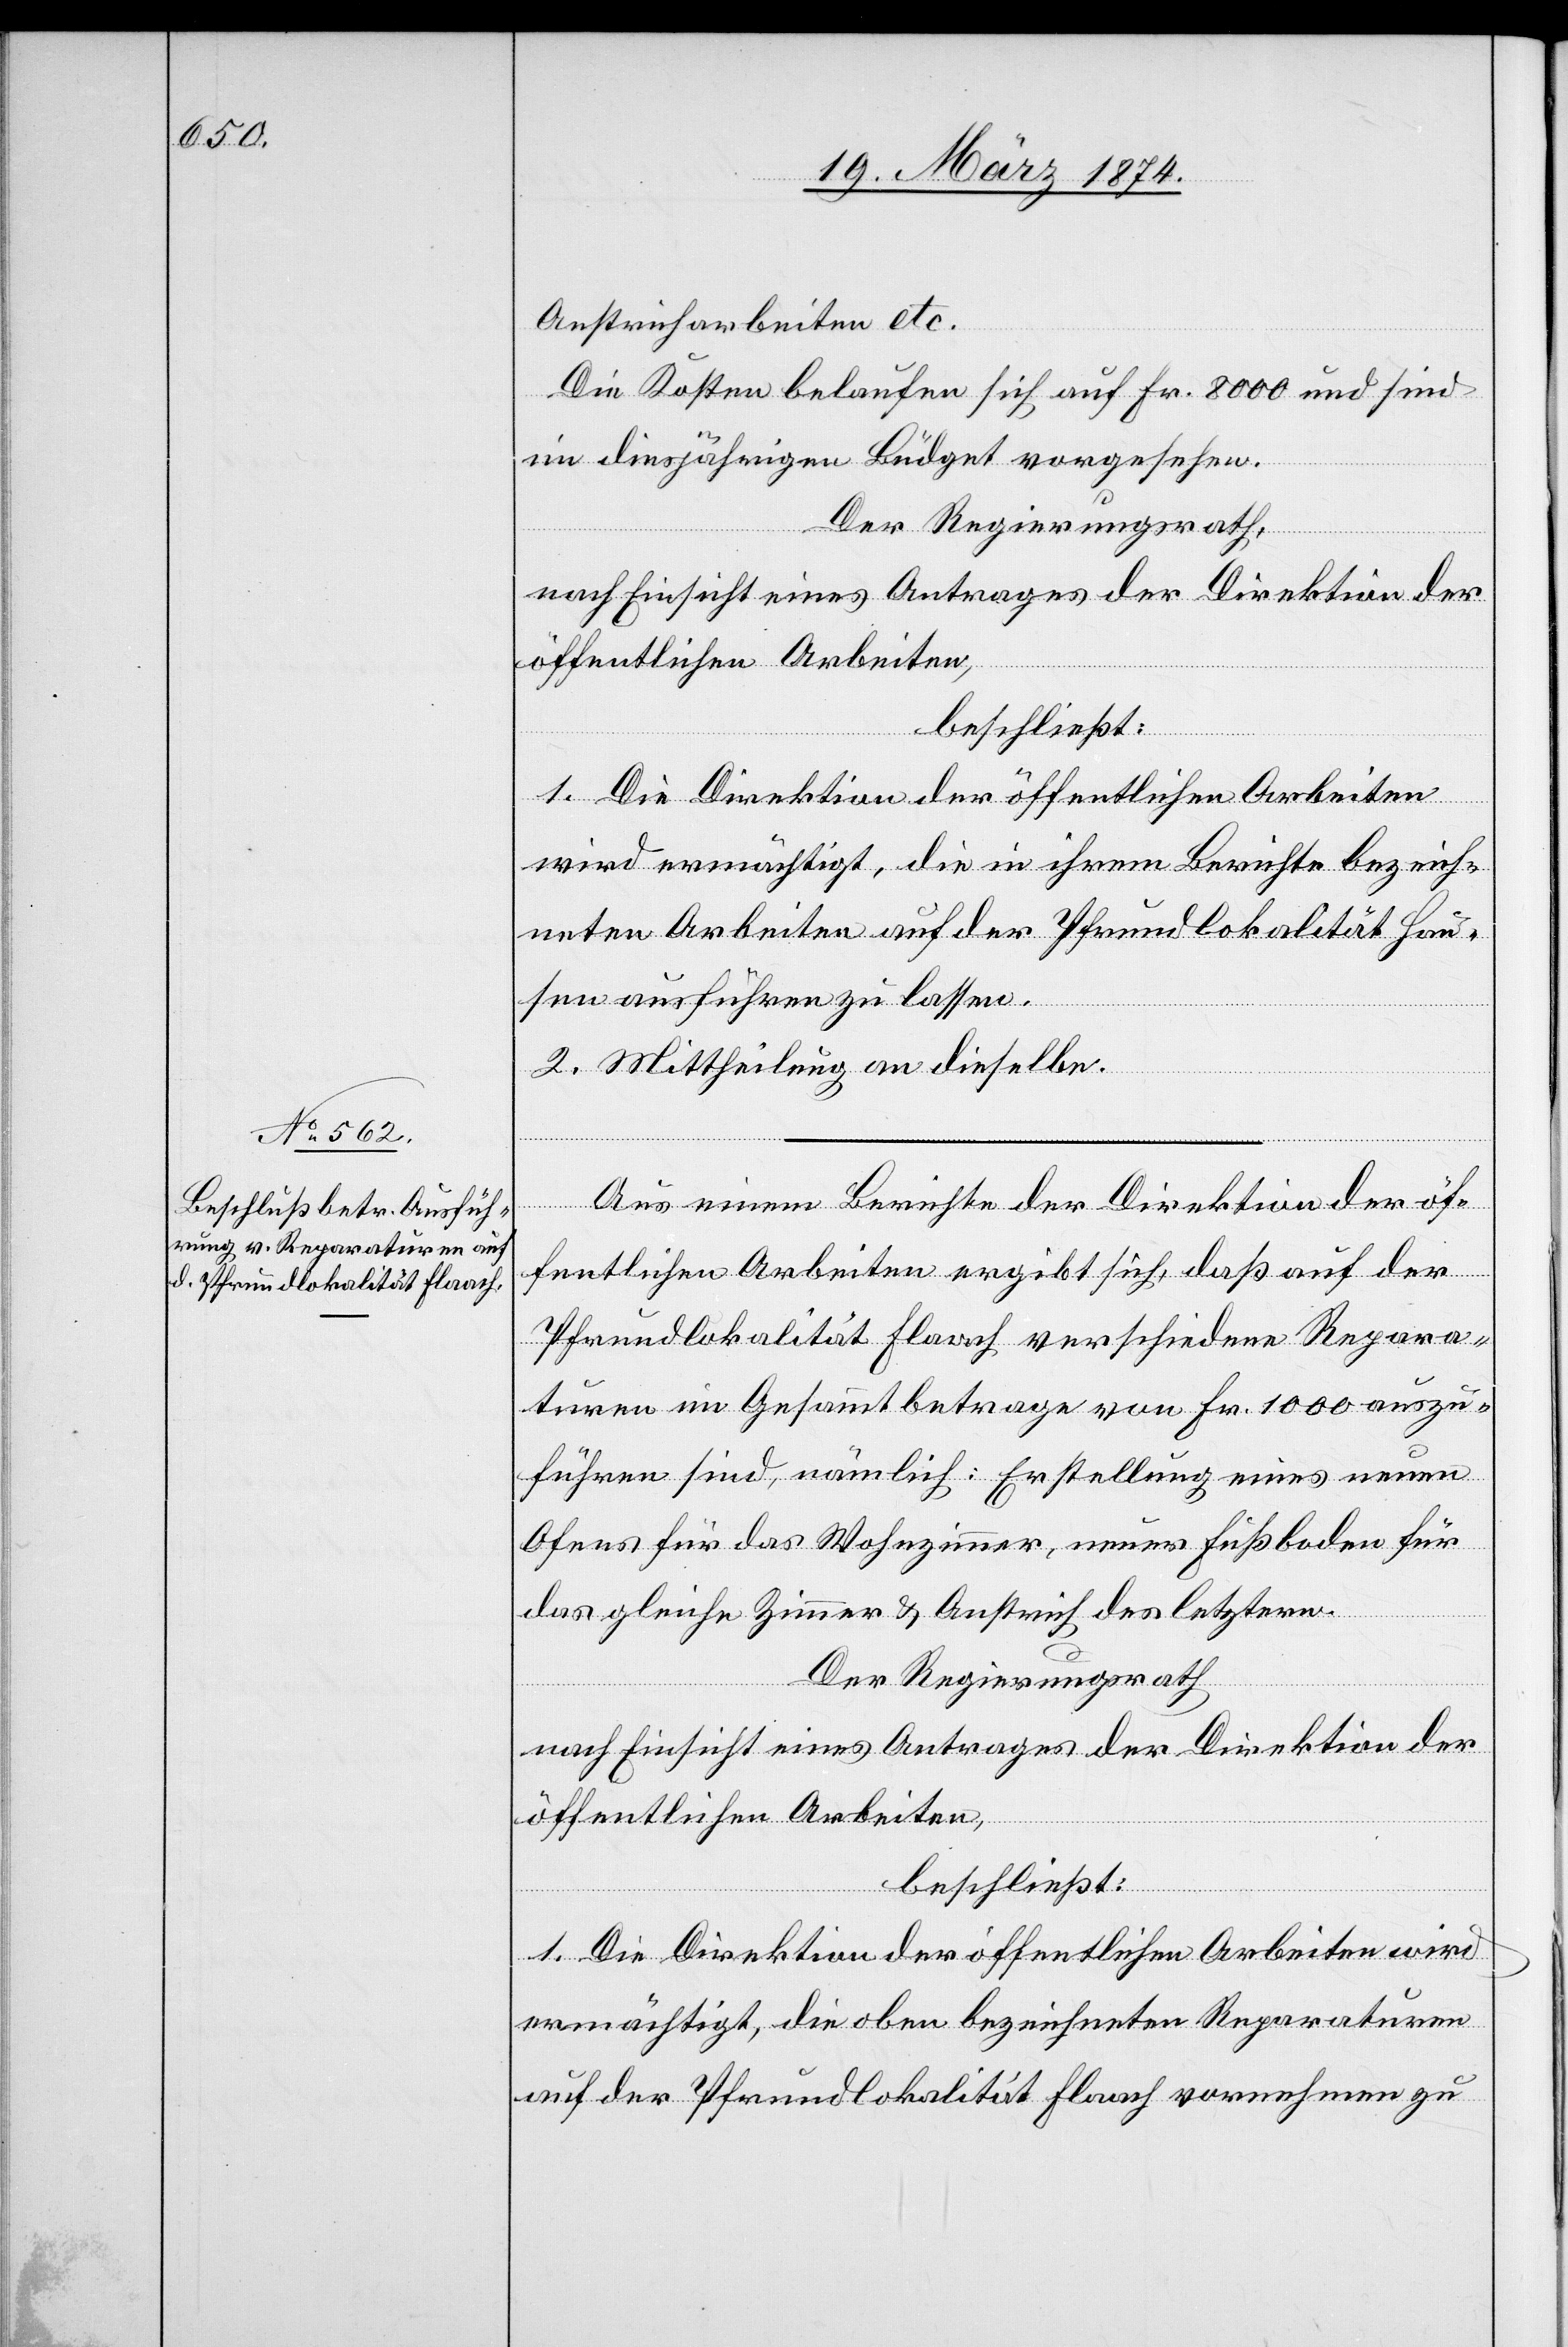
Anstreicharbeiten etc.
Die Kosten belaufen sich auf Fr. 8000 und sind
im diesjährigen Büdget vorgesehen.
Der Regierungsrath,
nach Einsicht eines Antrages der Direktion der
öffentlichen Arbeiten,
beschließt:
1. Die Direktion der öffentlichen Arbeiten
wird ermächtigt, die in ihrem Berichte bezeich¬
neten Arbeiten auf der Pfrundlokalität Hau¬
sen ausführen zu lassen.
2. Mittheilung an dieselbe.
Aus einem Berichte der Direktion der öf¬
fentlichen Arbeiten ergibt sich, daß auf der
Pfrundlokalität Flaach verschiedene Repara¬
turen im Gesammtbetrage von Fr. 1000 auszu¬
führen sind, nämlich: Erstellung eines neuen
Ofens für das Wohnzimmer, neuer Fußboden für
das gleiche Zimmer u. Anstrich des letztern.
Der Regierungsrath
nach Einsicht eines Antrages der Direktion der
öffentlichen Arbeiten,
beschließt:
1. Die Direktion der öffentlichen Arbeiten wird
ermächtigt, die oben bezeichneten Reparaturen
auf der Pfrundlokalität Flaach vornehmen zu